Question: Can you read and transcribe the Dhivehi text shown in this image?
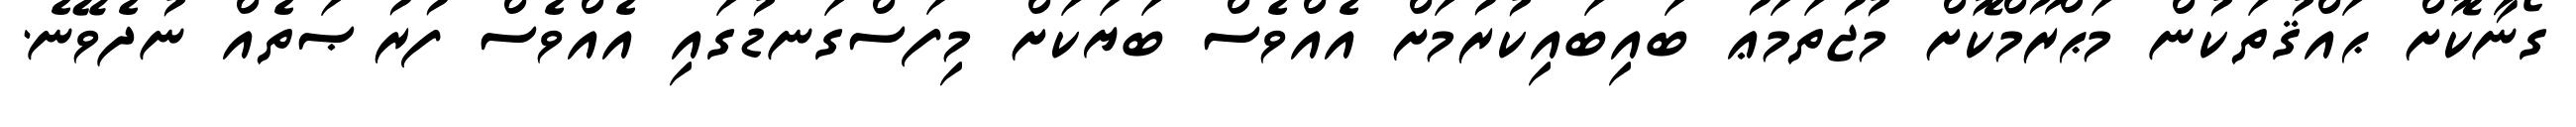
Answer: ގޯނާކޮށް ޙައްޤުތަކުން މަޙްރޫމްކޮށް މުޖުތަމަޢު ބައިބައިކުރުމަށް އެއްވެސް ބަޔަކަށް މިފަސްގަނޑުގައި އެއްވެސް ފުރުޞަތެއް ނުދެވޭނެ.